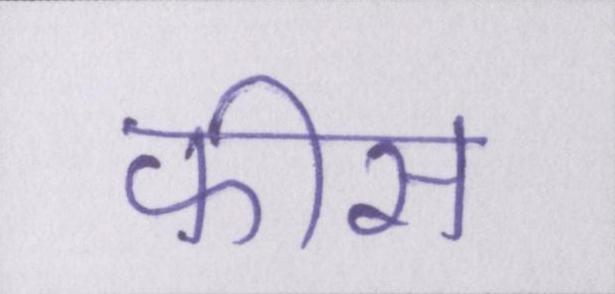
फीस